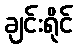
ချင်းရိုင်